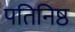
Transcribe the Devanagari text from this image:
पतिनिष्ठ